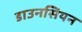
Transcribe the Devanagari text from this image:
डाउनसियन